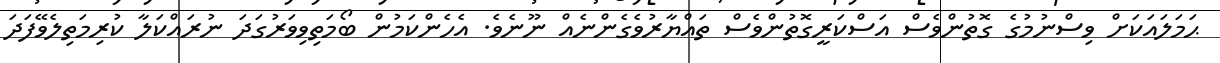
ޙަމަލައަކަށް ވިސްނުމުގެ ގޮތުންވެސް އަސްކަރީގޮތުންވެސް ތައްޔާރުވެގެންނެއް ނޫނެވެ. އެހެންކަމުން ބޯމަތިވިވަރުގަދަ ނުރައްކަލާ ކުރިމަތިލެވޭފަދަ